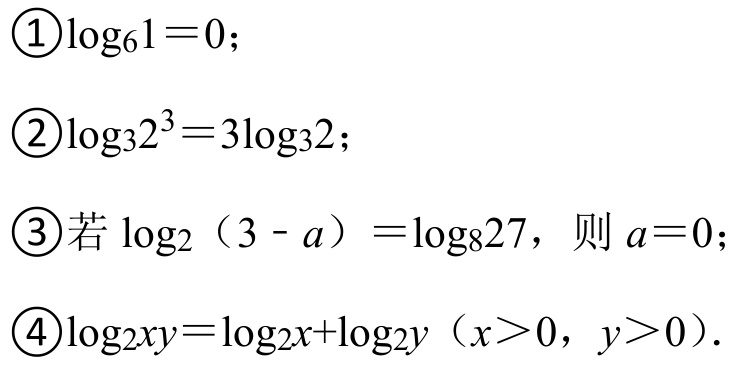
$\begin{matrix}
\textcircled{1}\log_{6}1 = 0;\\
\textcircled{2}\log_{3}2^{3}=3\log_{3}2;\\
\textcircled{3}\text{若 }\log_{2}(3 - a)=\log_{8}27，则\ a = 0;\\
\textcircled{4}\log_{2}xy=\log_{2}x+\log_{2}y\ (x > 0,y > 0).
\end{matrix}$